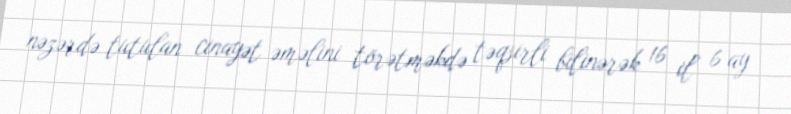
nəzərdə tutulan cinayət əməlini törətməkdə təqsirli bilinərək 16 il 6 ay